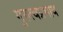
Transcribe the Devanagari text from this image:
गुरुत्वप्रभाव